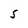
Character: S